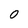
Character: O